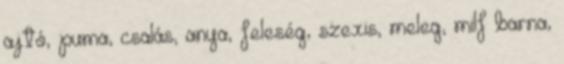
ajtó, puma, csalás, anya, feleség, szexis, meleg, milf barna,